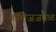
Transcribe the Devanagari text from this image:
कॉलेजजवळ